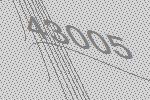
43005